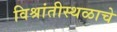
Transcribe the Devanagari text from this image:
विश्रांतीस्थळाचे